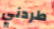
طردني